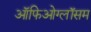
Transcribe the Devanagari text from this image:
ऑफिओग्लॉसम